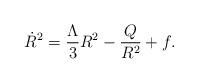
LaTeX: \begin{align*}\dot{R}^2={\Lambda\over{3}}{R^2}-{Q\over{R^2}}+f.\end{align*}